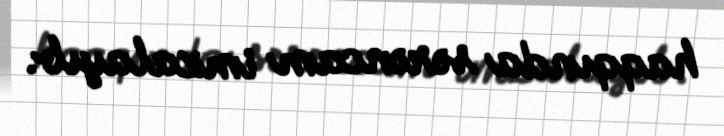
haqqında sərəncam imzalayıb.